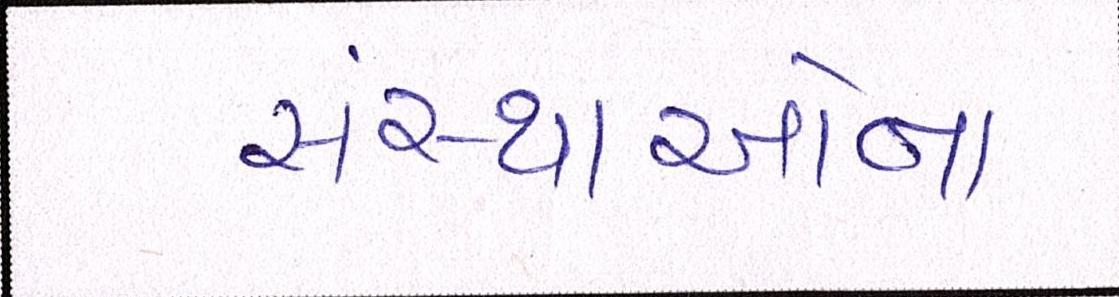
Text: સંસ્થાઓના